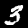
Label: 3